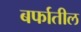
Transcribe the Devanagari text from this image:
बर्फातील